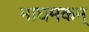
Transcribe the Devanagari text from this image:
माघमकम्